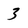
Character: 3